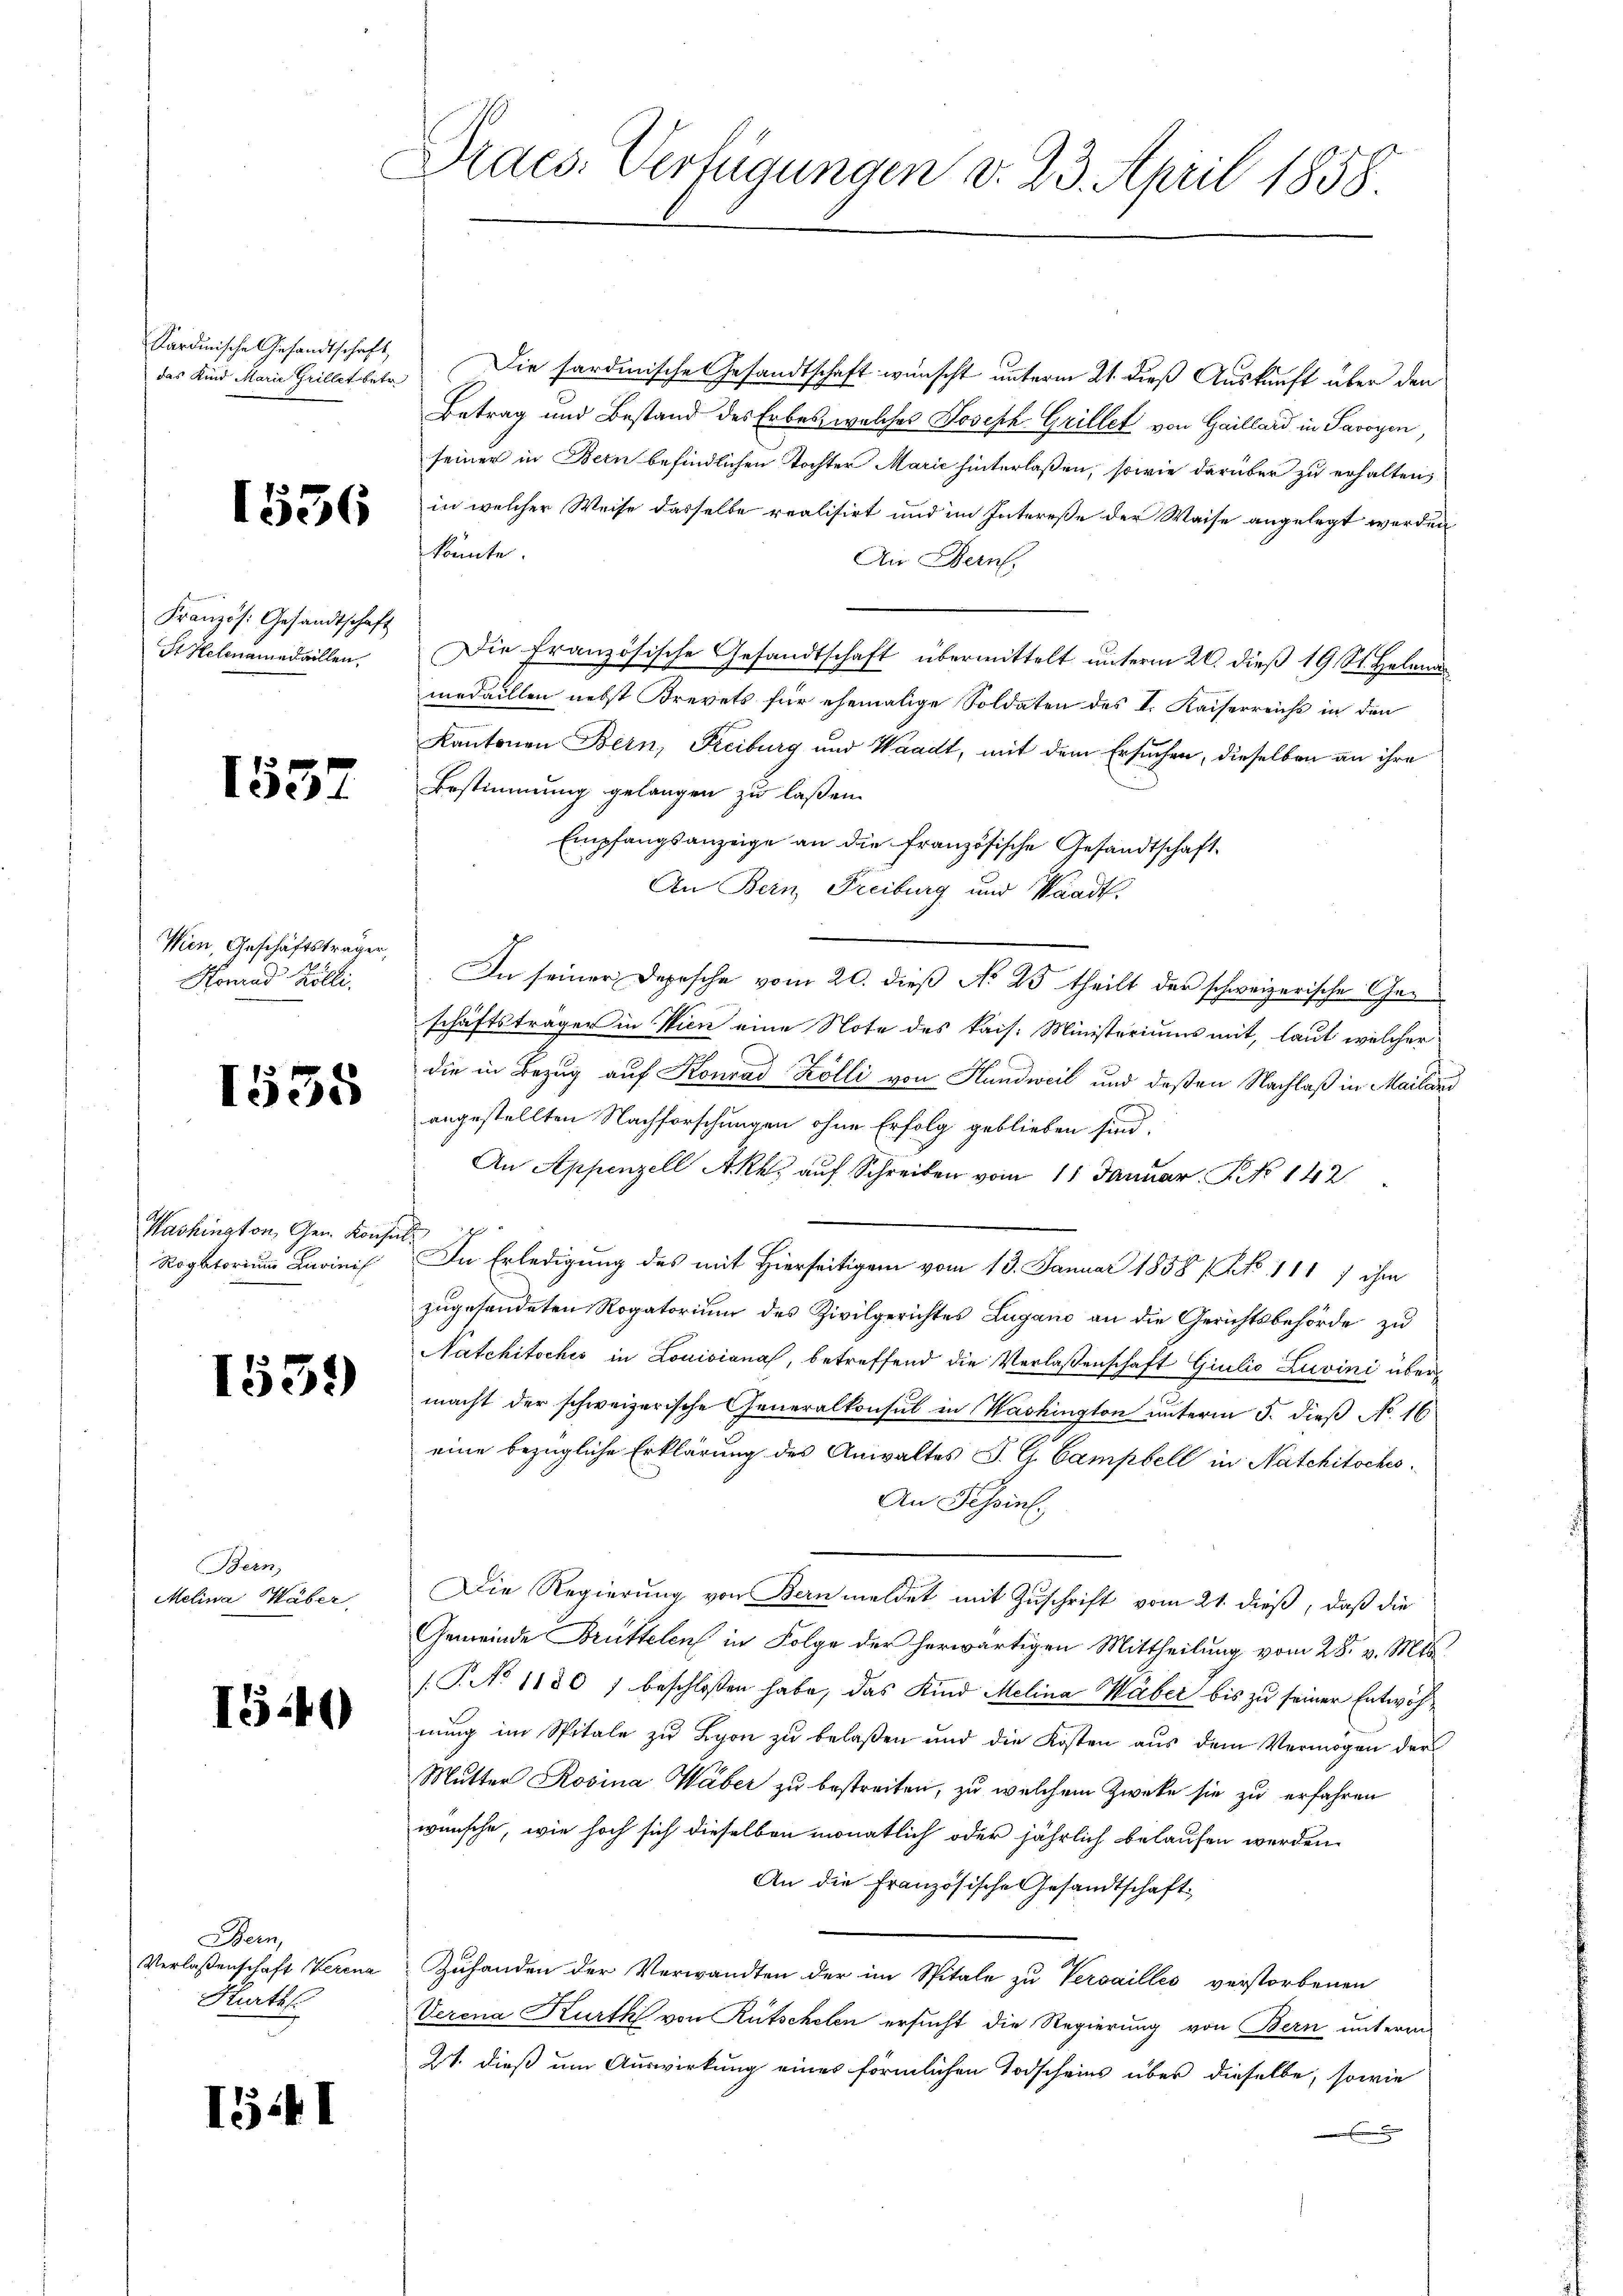
Kardinische Gesandtschaft,
das Kind Marie Grillet betr.

1536

Französ. Gesandtschaft
St Helenamedaillen,

1537

Wien, Geschäftsträger,
Konrad Kölli

1535

Washington, Gen. Kons.
Rogatorium Lavinis

1559

Bern,
Melina Haber,

I540

Bern,
Verlassenschaft Verena
Kurth

1541

Draes. Verfügungen v. 23. April 1858

Die sardinische Gesandtschaft wünscht unterm 21. dieß Auskunft über den
Betrag und Bestand des Erbes, welches Joseph Grillet von Gaillard in Savoyen,
seiner in Bern befindlichen Tochter Marie hinterlaßen, sowie darüber zu erhalten,
in welcher Weise dasselbe realisirt und im Intereße der Waise angelegt werden
könnte.
An Bern.
Die Französische Gesandtschaft übermittelt unterm 20. dieß 19 St. Helena
medaillen nebst Brevets für ehemalige Soldaten des I. Kaiserreicht in den
Kantonen Bern, Freiburg und Waadt, mit dem Ersuchen, dieselben an ihre
Bestimmung gelangen zu laßen.
Empfangsanzeige an die Französische Gesandtschaft
An Bern, Freiburg und Waadt.
In seiner Depesche vom 20. dieß No 25 theilt der schweizerische Geschäftsträger in Wien eine Note des kais. Ministeriums mit, laut welcher
die in Bezug auf Konrad Kölli von Handweil und deßen Nachlaß in Mailand
angestellten Nachforschungen ohne Erfolg geblieben sind.
An Appenzell A.Rh. auf Schreiben vom 11 Januar. S. 142
In Erledigung des mit Hierseitigen vom 13. Januar 1858 (Art. 111 7 ihm
zugesandeten Rogatorium des Zivilgerichtes Zugano an die Gerichtsbehörde zu
Natchitsches in Louisiana, betreffend die Verlaßenschaft Giulio Zuvini übermacht der schweizerische Generalkonsul in Washington unterm 5. dieß No. 16
eine bezügliche Erklärung des Anwaltes J. G. Campbell in Natchitsches
An Tessin.
Die Regierung von Bern meldet mit Zuschrift vom 21. dieß, daß die
Gemeinde Brüttelen in Folge der herwärtigen Mittheilung vom 28. v. Mts.
/T. No 11801 beschlossen habe, das Kind Melina Waber bis zu seiner Entwöhnung im Spitale zu Lyon zu belaßen und die Kosten aus dem Vermögen der
Mutter Rosina Wäber zu bestreiten, zu welchem Zweke sie zu erfahren
wünsche, wie hoch sich dieselben monatlich oder jährlich belaufen werden.
An die Französische Gesandtschaft
Zuhanden der Verwandten der im Spitale zu Versailles verstorbenen
Verena Kurth von Rutschelen ersucht die Regierung von Bern unterm
21. dieß um Auswirkung eines förmlichen Todscheins über dieselbe, sowie
E